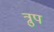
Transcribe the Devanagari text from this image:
त्रुप